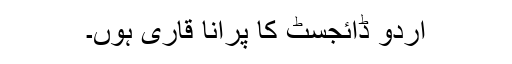
اُردو ڈائجسٹ کا پرانا قاری ہوں۔